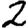
Digit: 2